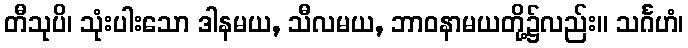
တီသုပိ၊ သုံးပါးသော ဒါနမယ, သီလမယ, ဘာဝနာမယတို့၌လည်း။ သင်္ဂဟံ၊